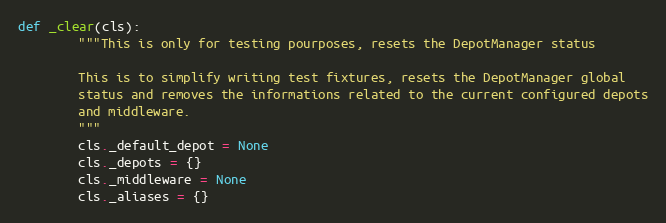
Language: Python
def _clear(cls):
        """This is only for testing pourposes, resets the DepotManager status

        This is to simplify writing test fixtures, resets the DepotManager global
        status and removes the informations related to the current configured depots
        and middleware.
        """
        cls._default_depot = None
        cls._depots = {}
        cls._middleware = None
        cls._aliases = {}